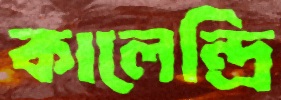
কালেন্দ্রি